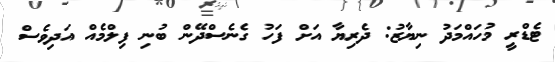
ޓެޑްރީ މުހައްމަދު ނިޔާޒު: ދެރިޔާ އަށް ފަހު ގެނެސްދޭން ބުނި ފިލްމެއް އަދިވެސް